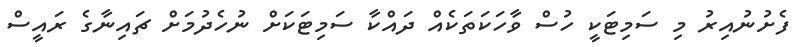
ފެށުނުއިރު މި ސަމިޓަކީ ހުސް ވާހަކަތަކެއް ދައްކާ ސަމިޓަކަށް ނުހެދުމަށް ޗައިނާގެ ރައީސް